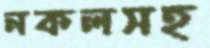
নকলসহ